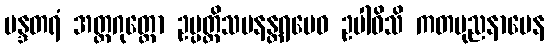
မန္ဒတရံ အတ္တဂုတ္တော ဥပ္ပတ္တိသမနန္တရမေဝ ဥပါဝိသိ ကတပုညနာမေန